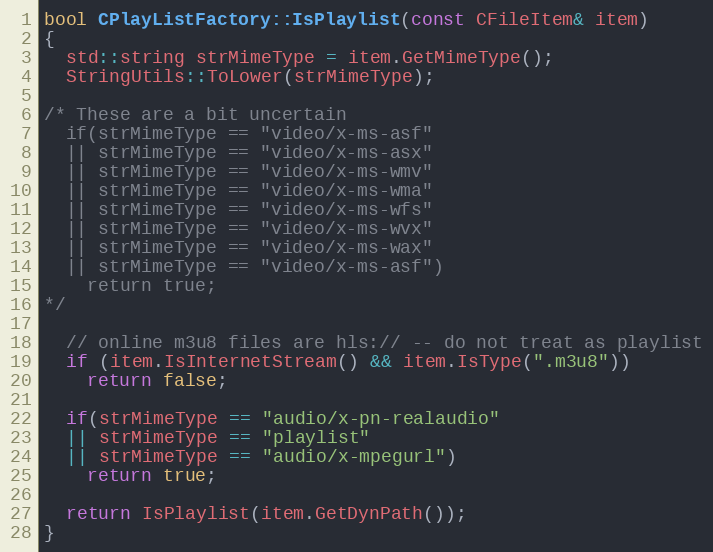
Language: C++
bool CPlayListFactory::IsPlaylist(const CFileItem& item)
{
  std::string strMimeType = item.GetMimeType();
  StringUtils::ToLower(strMimeType);

/* These are a bit uncertain
  if(strMimeType == "video/x-ms-asf"
  || strMimeType == "video/x-ms-asx"
  || strMimeType == "video/x-ms-wmv"
  || strMimeType == "video/x-ms-wma"
  || strMimeType == "video/x-ms-wfs"
  || strMimeType == "video/x-ms-wvx"
  || strMimeType == "video/x-ms-wax"
  || strMimeType == "video/x-ms-asf")
    return true;
*/

  // online m3u8 files are hls:// -- do not treat as playlist
  if (item.IsInternetStream() && item.IsType(".m3u8"))
    return false;

  if(strMimeType == "audio/x-pn-realaudio"
  || strMimeType == "playlist"
  || strMimeType == "audio/x-mpegurl")
    return true;

  return IsPlaylist(item.GetDynPath());
}